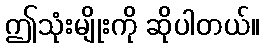
ဤသုံးမျိုးကို ဆိုပါတယ်။